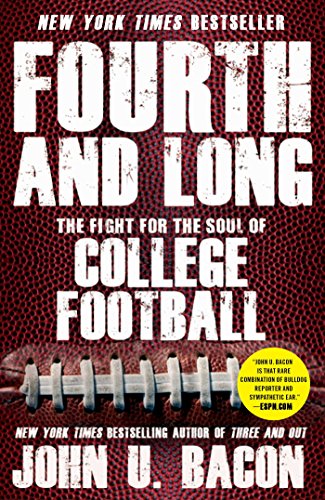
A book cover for Fourth and Long: The Fight for the Soul of College Football; John U. Bacon; Sports & Outdoors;